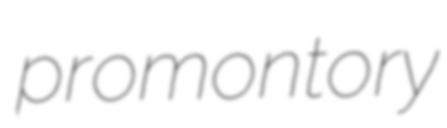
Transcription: promontory